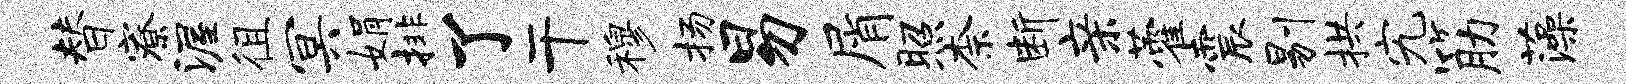
替寮渥徂冥娟排了干穆扬易屑照柰断亲藿震剔拱究筋藻